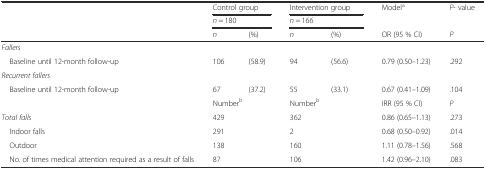
| <ROWSPAN=2>  | <COLSPAN=2> Control group | <COLSPAN=2> Intervention group | <ROWSPAN=2> Modela | <ROWSPAN=2> P- value |
 | <COLSPAN=2> n = 180 | <COLSPAN=2> n = 166 |
 |  | n | (%) | n | (%) | OR (95 % CI) | P |
 | --- | --- | --- | --- | --- | --- | --- |
 | Fallers |  |  |  |  |  |  |
 | Baseline until 12-month follow-up | 106 | (58.9) | 94 | (56.6) | 0.79 (0.50–1.23) | .292 |
 | Recurrent fallers |  |  |  |  |  |  |
 | Baseline until 12-month follow-up | 67 | (37.2) | 55 | (33.1) | 0.67 (0.41–1.09) | .104 |
 |  | <COLSPAN=2> Numberb | <COLSPAN=2> Numberb | IRR (95 % CI) | P |
 | Total falls | <COLSPAN=2> 429 | <COLSPAN=2> 362 | 0.86 (0.65–1.13) | .273 |
 | Indoor falls | <COLSPAN=2> 291 | <COLSPAN=2> 2 | 0.68 (0.50–0.92) | .014 |
 | Outdoor | <COLSPAN=2> 138 | <COLSPAN=2> 160 | 1.11 (0.78–1.56) | .568 |
 | No. of times medical attention required as a result of falls | <COLSPAN=2> 87 | <COLSPAN=2> 106 | 1.42 (0.96–2.10) | .083 |